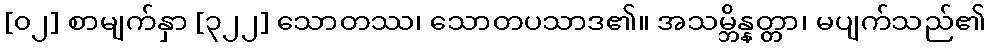
[၀၂] စာမျက်နှာ [၃၂၂] သောတဿ၊ သောတပသာဒ၏။ အသမ္ဘိန္နတ္တာ၊ မပျက်သည်၏